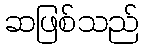
ဆဖြစ်သည်